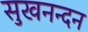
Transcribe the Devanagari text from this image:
सुखनन्दन